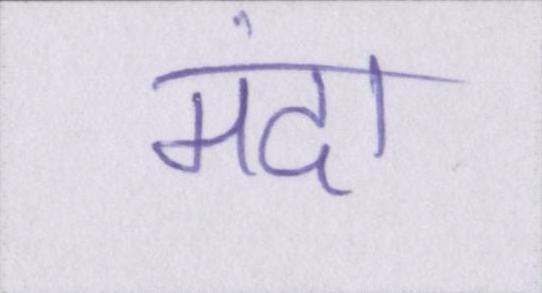
मंदा